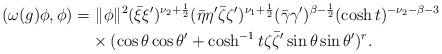
LaTeX: \begin{align*}(\omega(g)\phi,\phi)=&~\|\phi\|^2 (\bar{\xi}\xi')^{\nu_2+\frac{1}{2}}(\bar{\eta}\eta'\bar{\zeta}\zeta')^{\nu_1+\frac{1}{2}}(\bar{\gamma}\gamma')^{\beta-\frac{1}{2}}(\cosh t)^{-\nu_2-\beta-3} \\&\times ( \cos \theta \cos \theta' +\cosh^{-1}t \zeta\bar{\zeta}'\sin \theta \sin \theta')^r. \end{align*}